Vaccination United Provinces of Agra and Oudh 1923-1928 - 1923-1928
Year: 1923
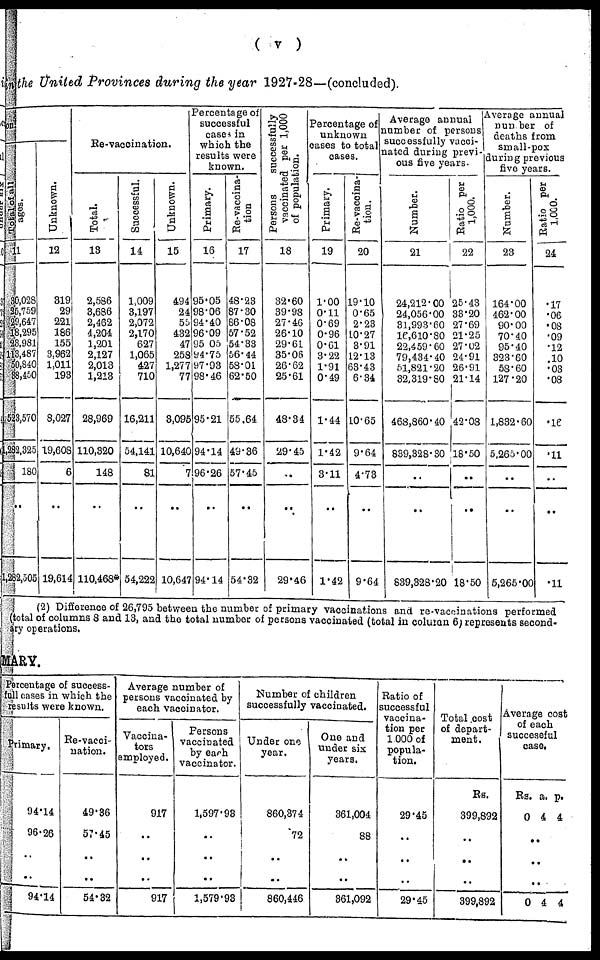
( v )
in the United Provinces during the year 1927-28—(concluded).
sons
Total of all
ages.
11
30,028
25,759
29,647
18,295
23,981
113,487
50,840
38,450
523,570
1,282,325
180
..
1,282,505
Unknown.
12
319
29
221
186
155
3,962
1,011
193
8,027
19,608
6
..
19,614
Re-vaccination.
Total.
13
2,586
3,686
2,462
4,204
1,201
2,127
2,013
1,213
28,969
110,320
148
..
110,468*
Successful.
14
1,009
3,197
2,072
2,170
627
1,065
427
710
16,211
54,141
81
..
54,222
Unknown.
15
494
24
55
432
47
258
1,277
77
3,095
10,640
7
..
10,647
Percentage of
successful
cases in
which the
results were
known.
Primary.
16
95.05
98.06
94.40
96.09
95.05
94.75
97.93
98.46
95.21
94.14
96.26
..
94.14
Re-vaccina-
tion.
17
48.23
87.30
66.08
57.52
54.33
56.44
58.01
62.50
55.64
49.36
57.45
..
54.32
Persons
successfully
vaccinated per 1,000
of population.
18
32.60
39.98
27.46
26.10
29.61
35.06
26.62
25.61
48.34
29.45
..
..
29.46
Percentage of
unknown
cases to total
cases.
Primary.
19
1.00
0.11
0.69
0.96
0.61
3.22
1.91
0.49
1.44
1.42
3.11
..
1.42
Re-vaccina¬
tion.
20
19.10
0.65
2.23
10.27
3.91
12.13
63.43
6.34
10.65
9.64
4.73
..
9.64
Average annual
number of persons
successfully vacci-
nated during previ-
ous five years.
Number.
21
24,212.00
24,056.00
31,993.60
16,610.80
22,459.60
79,434.40
51,821.20
32,319.80
468,860.40
839,328.30
..
..
839,328.20
Ratio per
1,000.
22
25.43
33.20
27.69
21.25
27.02
24.91
26.91
21.14
42.08
18.50
.. ..
18.50
Average annual
number of
deaths from
small-pox
during previous
five years.
Number.
23
164.00
462.00
90.00
70.40
95.40
323.60
58.60
127.20
1,832.60
5,265.00
..
..
5,265.00
Ratio per
1,000.
24
.17
.06
.08
.09
.12
.10
.03
.08
.16
..
..
..
.11
(2) Difference of 26,795 between the number of primary vaccinations and re-vaccinations performed
(total of columns 8 and 13, and the total number of persons vaccinated (total in column 6) represents second-
ary operations.
MARY.
Percentage of success¬
full cases in which the
results were known.
Primary.
94.14
96.26
..
..
94.14
Re-vacci-
nation.
49.36
57.45
..
..
54.32
Average number of
persons vaccinated by
each vaccinator.
Vaccina¬
tors
employed.
917
. .
..
..
917
Persons
vaccinated
by each
vaccinator.
1,597.93
..
..
..
1,579.93
Number of children
successfully vaccinated.
Under one
year.
860,374
72
..
..
860,446
One and
under six
years.
361,004
88
..
..
361,092
Ratio of
successful
vaccina-
tion per
1,000 of
popula-
tion.
29.45
..
..
..
29.45
Total cost
of depart-
ment.
Rs.
399,892
..
..
..
399,892
Average cost
of each
succeseful
case.
Rs.
0
a.
4
p.
4
..
..
..
0 4 4